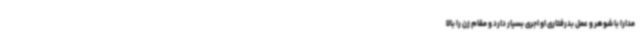
مدارا با شوهر و عمل بدرفتاری او اجری بسیار دارد و مقام زن را بالا